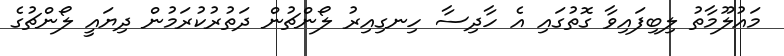
މައުލޫމާތު ލިބިފައިވާ ގޮތުގައި އެ ހާދިސާ ހިނގިއިރު ލޯންޗުން ދަތުރުކުރަމުން ދިޔައީ ލޯންޗުގެ